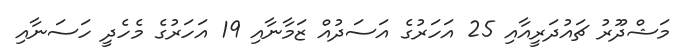
މަޝްދޫރު ޗައުދަރީއާއި 25 އަހަރުގެ އަސަދުއް ޒަމާނާއި 19 އަހަރުގެ މެހެދީ ހަސަނާއި